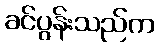
ခင်ပွန်းသည်က